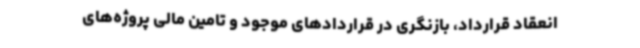
انعقاد قرارداد، بازنگری در قراردادهای موجود و تامین مالی پروژه‌های